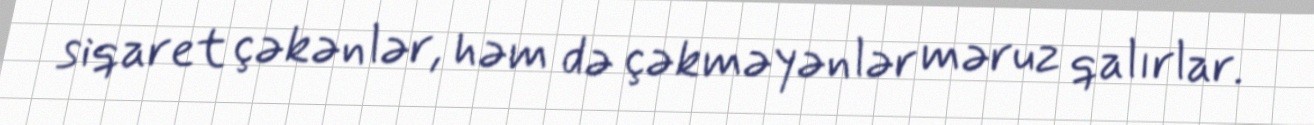
siqaret çəkənlər, həm də çəkməyənlər məruz qalırlar.